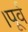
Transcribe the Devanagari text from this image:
।पूर्व